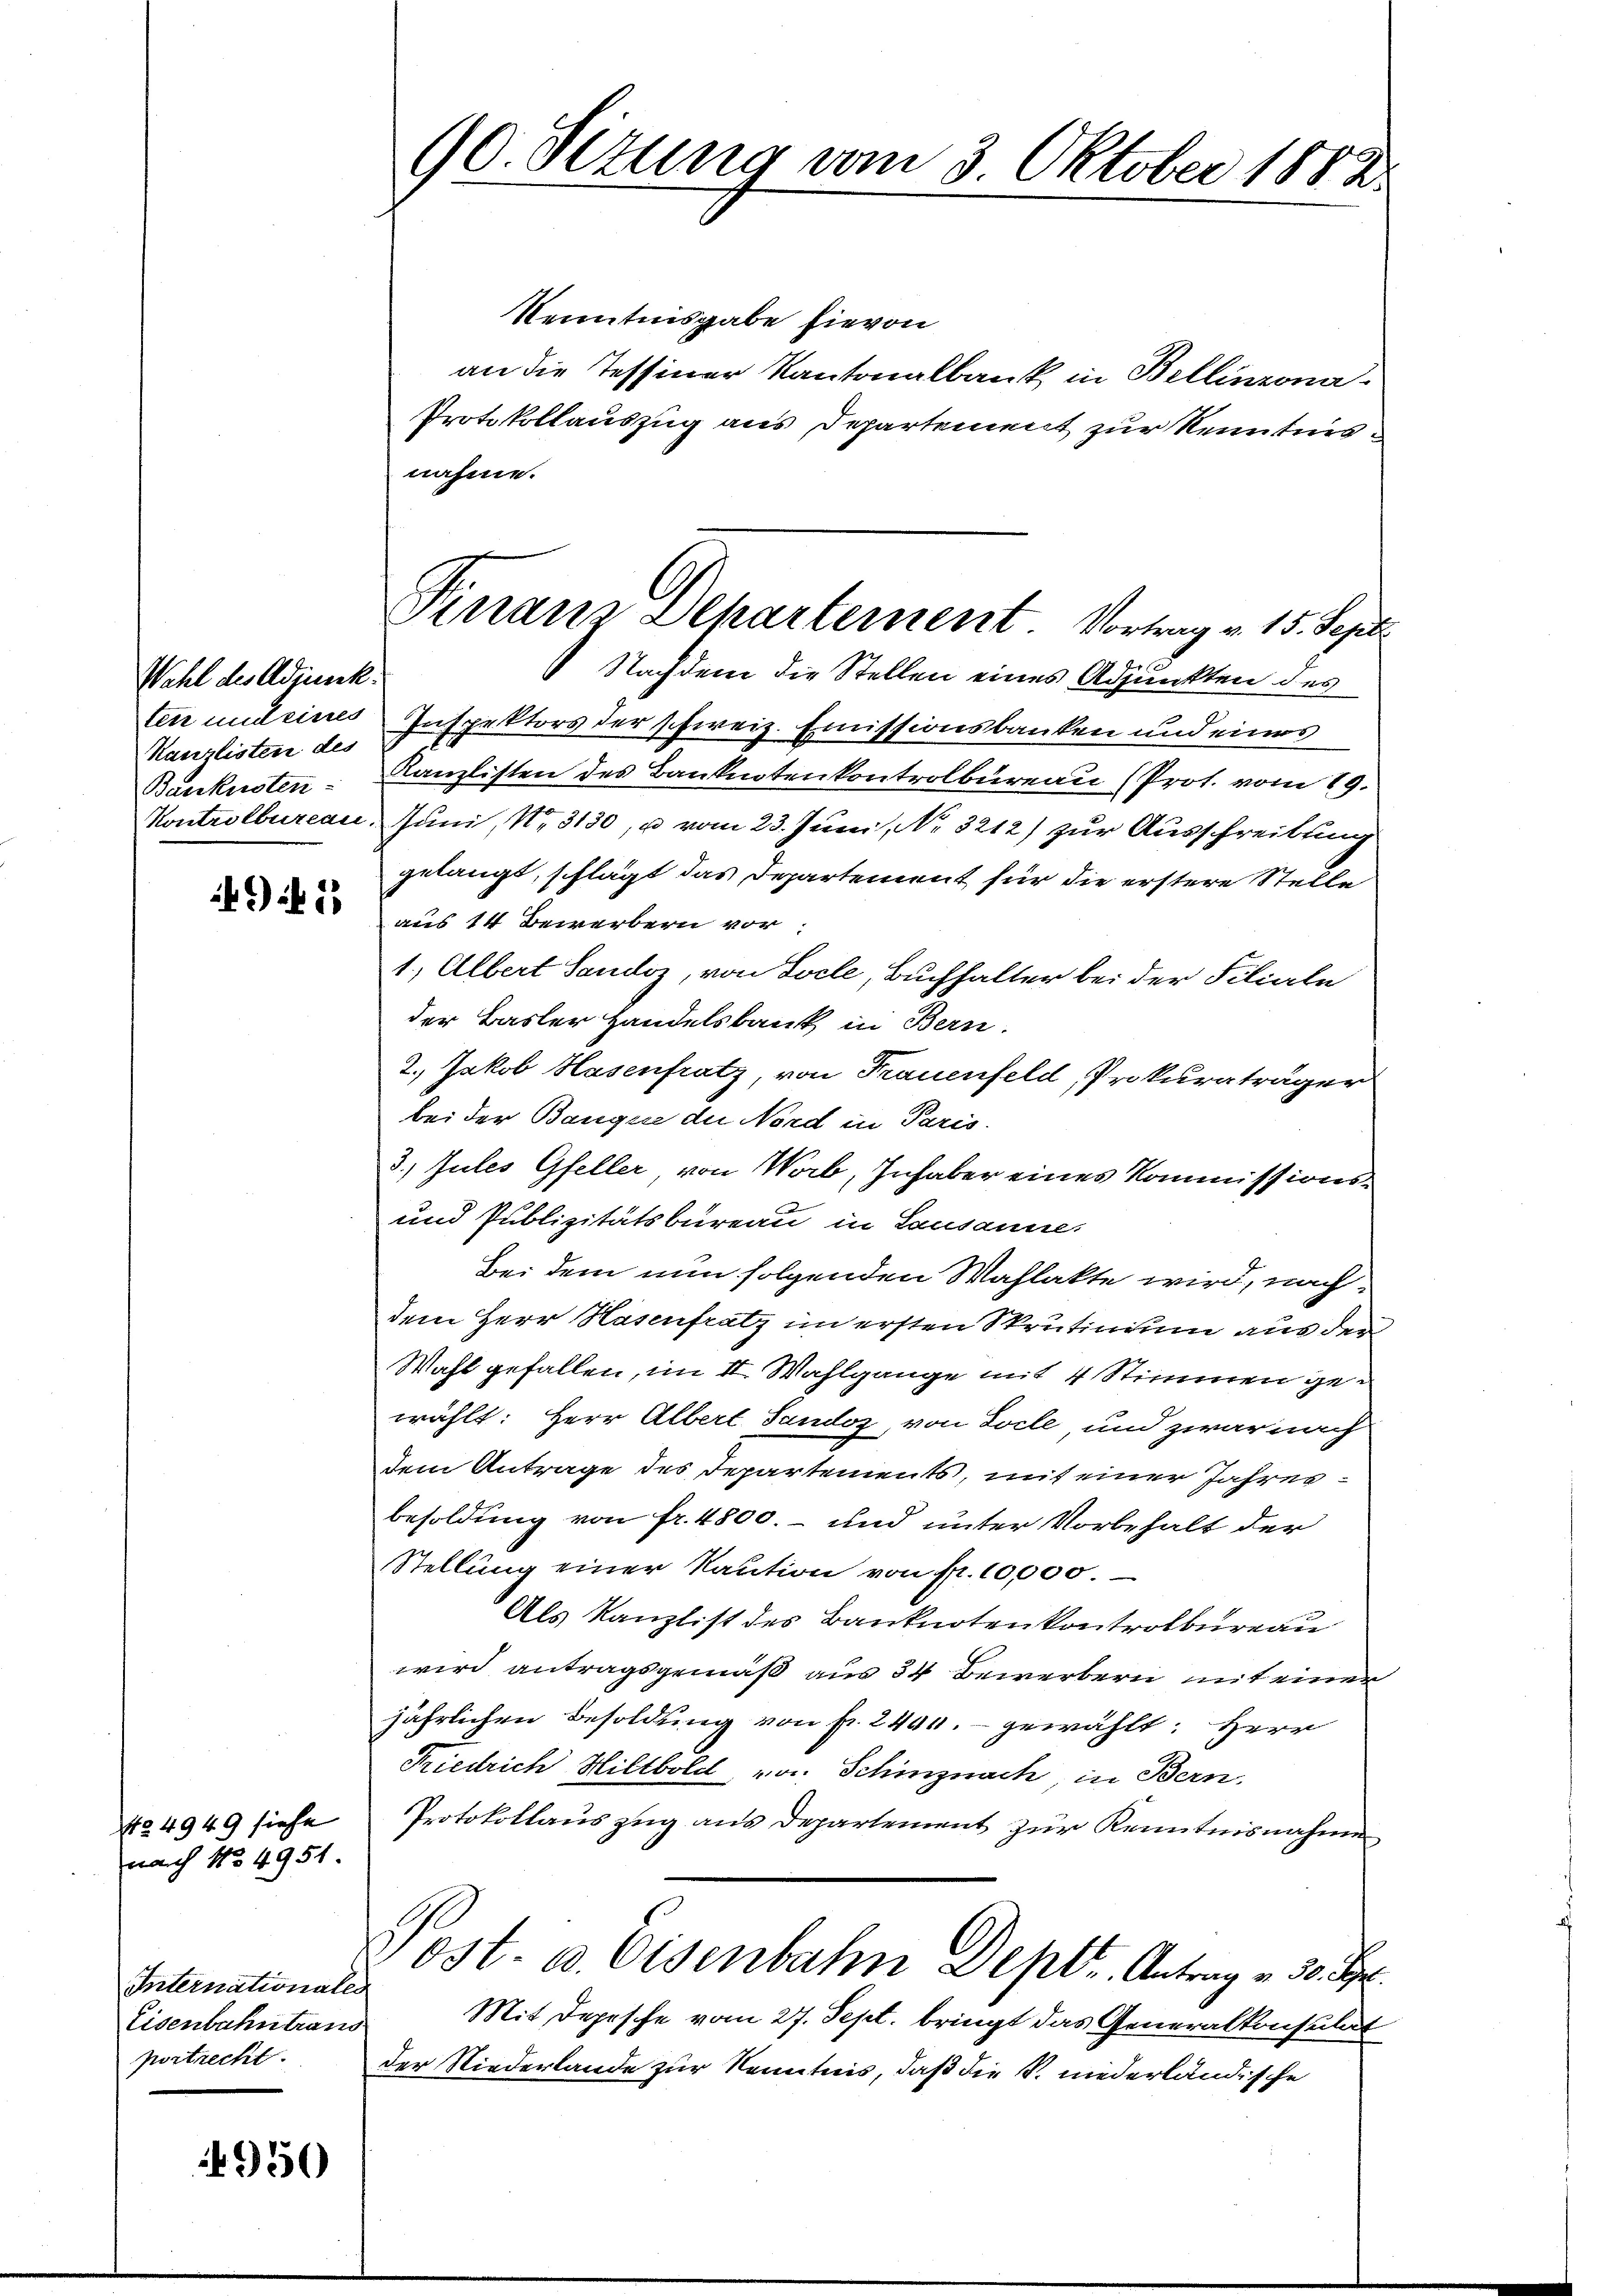
Wahl des Adjunck.
ter und eines
Kanzlisten des
Baukusten
Kontrolbureau.

494. 53

424949 siehe
nach No 4951

Internationales
Eisenbahn trans
portrecht.

4950

90. Setung vom 3 Oktober 1882.

Finanz Departement. Vortrag v. 15. Sept.
9

Kenntnisgabe hievon
an die Tessiner Kantonalbank in Bellinzona
Protokollauszug aus Departement zur Kenntnisnahme.
 Nachdem die Stellen eines Adjunkten des
Inspektors der schweiz. Emissionsbanken und eines
Kanzlisten des Banknotenkontrolbureau (Prot. vom 19.
Juni, No. 3130, u vom 23. Juni, No. 3212) zur Ausschreibung
gelangt, schlägt das Departement für die erstere Stelle
aus 14 Bewerbern vor
1.) Albert Sandoz, von Locle, Buchhalter bei der Filiale
der Basler Handelsbank in Bern.
2., Jakob Hasenfratz, von Frauenfeld, Prokuraträger
bei der Bangen der Nord in Paris.
3. Jules Gfeller von Worb, Inhaber eines Kommissions¬
und Publizitätsbureau in Lausanne.
Bei dem nun folgenden Wahlakte wird, nachdem Herr Hasenfratz im ersten Skrutinium aus der
Wahl gefallen, im II. Wahlgange mit 4 Stimmen gewählt: Herr Albert Tandoz, von Joche und zwar nach
dem Antrage des Departements, mit einer Jahresbesoldung von fr. 4800.- und unter Vorbehalt der
Stellung einer Kaution von fr. 10,000
Als Kanzlist des Banknotenkontrolbureau
wird antragsgemäß aus 34 Bewerbern mit einen
jährlichen Besoldung von fr. 2400.- gewählt: Herr
Friedrich Hiltbold von Schinznach in Bern,
Protokollauszug aus Departement zur Kenntnisnahme
Post. v. Eisenbahn Deptt. Antrag v. 30. Hr.
Mit Depesche vom 27. Sept. bringt das Generalkonsulat
der Niederlande zur Kenntnis, daß die S. niederländische